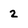
Character: 2